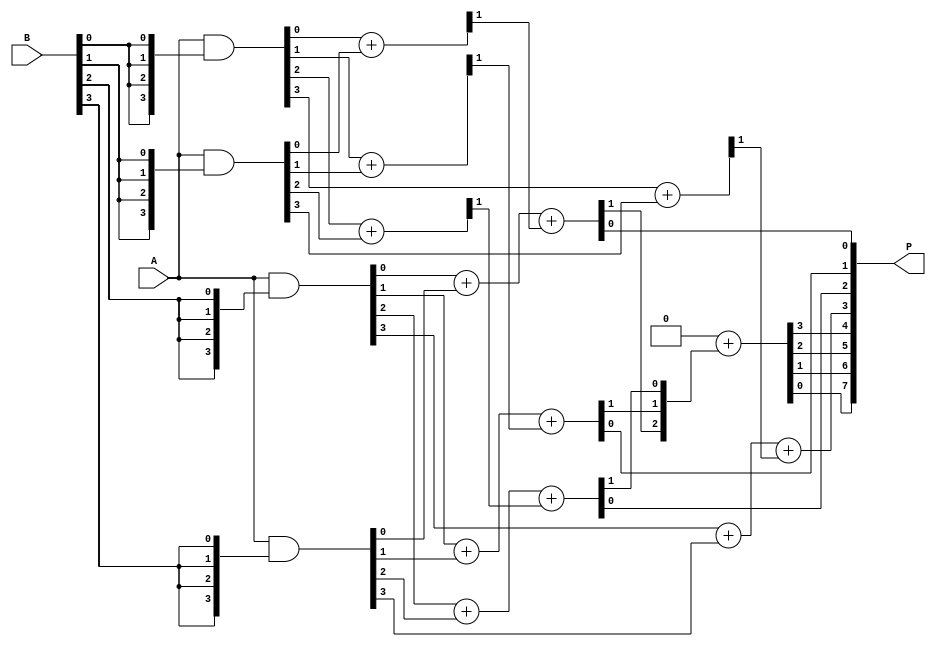
module dadda_multiplier (
    input  [3:0] A, // 4-bit input A
    input  [3:0] B, // 4-bit input B
    output [7:0] P  // 8-bit output product (2*n bits)
);

    wire [3:0] pp[3:0]; // Partial products
    wire [7:0] sum[3:0]; // Sums at various stages
    wire [3:0] carry[3:0]; // Carry bits at various stages
    
    // Generate Partial Products
    assign pp[0] = A & {4{B[0]}}; // A * B[0]
    assign pp[1] = A & {4{B[1]}}; // A * B[1]
    assign pp[2] = A & {4{B[2]}}; // A * B[2]
    assign pp[3] = A & {4{B[3]}}; // A * B[3]

    // Stage 1: Reduce using Half Adders and Full Adders
    assign {carry[1][0], sum[1][0]} = pp[0][0] + pp[1][0];  // HA for first bit
    assign {carry[1][1], sum[1][1]} = pp[0][1] + pp[1][1];  // HA for second bit
    assign {carry[1][2], sum[1][2]} = pp[0][2] + pp[1][2];  // HA for third bit
    assign {carry[1][3], sum[1][3]} = pp[0][3] + pp[1][3];  // HA for fourth bit

    assign {carry[2][0], sum[2][0]} = pp[2][0] + pp[3][0] + carry[1][0]; // FA for first bit
    assign {carry[2][1], sum[2][1]} = pp[2][1] + pp[3][1] + carry[1][1]; // FA for second bit
    assign {carry[2][2], sum[2][2]} = pp[2][2] + pp[3][2] + carry[1][2]; // FA for third bit
    assign {carry[2][3], sum[2][3]} = pp[2][3] + pp[3][3] + carry[1][3]; // FA for fourth bit

    // Stage 2: Final addition
    assign {carry[3][0], P[0]} = sum[2][0];        // Lower row
    assign {carry[3][1], P[1]} = sum[2][1];        // Lower row
    assign {carry[3][2], P[2]} = sum[2][2];        // Lower row
    assign {carry[3][3], P[3]} = sum[2][3];        // Lower row

    assign {P[4], P[5], P[6], P[7]} = {1'b0, carry[3][0], carry[3][1], carry[3][2]} + {1'b0, carry[2][0], carry[2][1], carry[2][2]}; // Upper row

endmodule